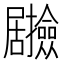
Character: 𭕽